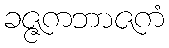
ခဇ္ဇကဘာဇကံ